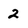
Character: 2